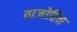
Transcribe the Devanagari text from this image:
ताजोद्दिन